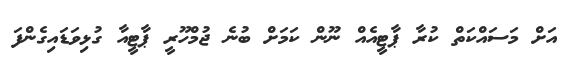
އަށް މަސައްކަތް ކުރާ ޕާޓީއެއް ނޫން ކަމަށް ބުނެ ޖުމްހޫރީ ޕާޓީއާ ގުޅިވަޑައިގެންފަ